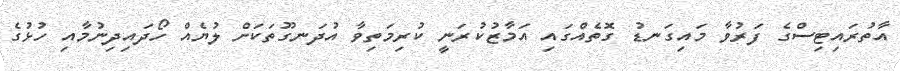
އާތުރައިޓިސްގެ ފަރުވާ މައިގަނޑު ގޮތެއްގައި އަމާޒުކުރަނީ ކުރިމަތިވާ އުދަނގޫތަކަށް ލުޔެއް ހޯދައިދިނުމާއި ހުޅުގެ